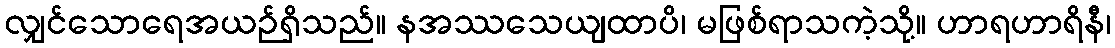
လျှင်သောရေအယဉ်ရှိသည်။ နအဿသေယျထာပိ၊ မဖြစ်ရာသကဲ့သို့။ ဟာရဟာရိနီ၊